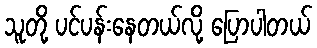
သူတို့ ပင်ပန်းနေတယ်လို့ ပြောပါတယ်